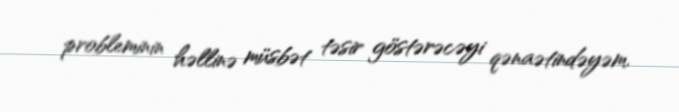
probleminin həllinə müsbət təsir göstərəcəyi qənaətindəyəm.